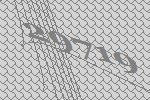
29719